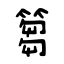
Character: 篘